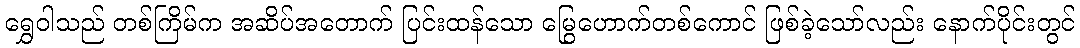
ရွှေဝါသည် တစ်ကြိမ်က အဆိပ်အတောက် ပြင်းထန်သော မြွေဟောက်တစ်ကောင် ဖြစ်ခဲ့သော်လည်း နောက်ပိုင်းတွင်